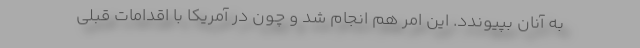
به آنان بپیوندد. این امر هم انجام شد و چون در آمریکا با اقدامات قبلی